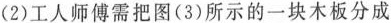
(2)工人师傅需把图(3)所示的一块木板分成